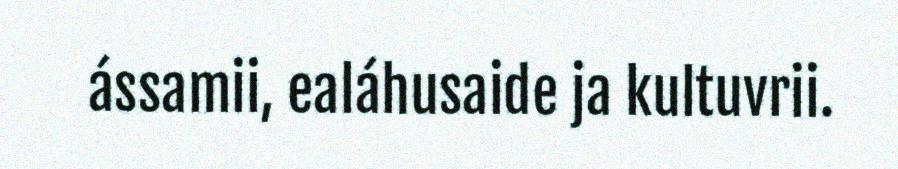
ássamii, ealáhusaide ja kultuvrii.